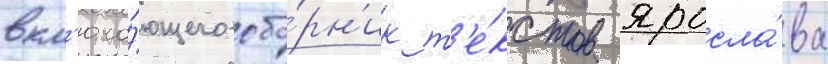
вкл'юча́ющего сбо́рн'ик т'е́кстов яросла́ва